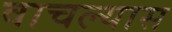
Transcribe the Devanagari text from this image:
वाचल्यास